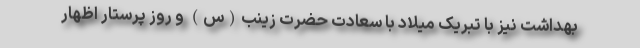
بهداشت نیز با تبریک میلاد با سعادت حضرت زینب(س) و روز پرستار اظهار